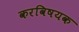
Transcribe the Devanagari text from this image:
करविषयक